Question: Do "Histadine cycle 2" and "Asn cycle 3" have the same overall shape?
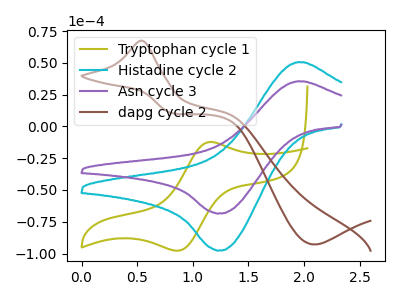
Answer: <think>The olive curve "Tryptophan cycle 1" has an anodic peak at (1.15V, -12.30uA) and a cathodic peak at (0.85V, -97.75uA). The cyan curve "Histadine cycle 2" has an anodic peak at (1.95V, 50.45uA) and a cathodic peak at (1.25V, -97.45uA). The purple curve "Asn cycle 3" has an anodic peak at (1.95V, 35.40uA) and a cathodic peak at (1.25V, -68.35uA). The brown curve "dapg cycle 2" has an anodic peak at (0.55V, 67.35uA) and a cathodic peak at (2.10V, -92.90uA).
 All the peaks in "Histadine cycle 2" have a peak in "Asn cycle 3" at the same potential. Every peak in "Histadine cycle 2" is higher than every peak in "Asn cycle 3".</think>
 <answer>"Histadine cycle 2" and "Asn cycle 3" are similar in shape.</answer>
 <eval>same_shape</eval>